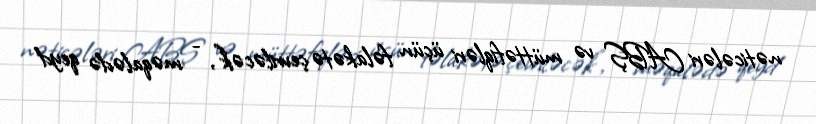
nəticələri ABŞ və müttəfiqləri üçün fəlakətə çevriləcək”, - məqalədə qeyd